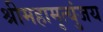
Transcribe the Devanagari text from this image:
श्रीमहामृत्युंजय